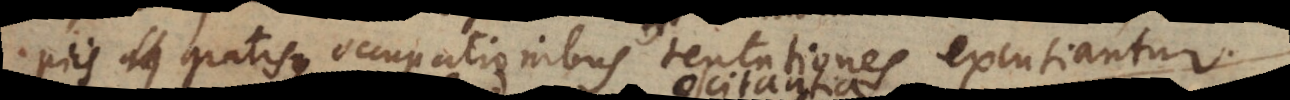
piis gratisque occupationibus tentationes excutiantur.